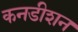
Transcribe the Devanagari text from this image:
कनडीशन